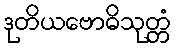
ဒုတိယဗောဓိသုတ္တံ